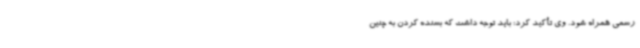
رسمی همراه شود. وی تأکید کرد: باید توجه داشت که بسنده کردن به چنین